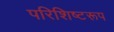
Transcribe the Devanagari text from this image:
परिशिष्टरूप